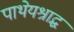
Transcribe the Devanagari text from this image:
पाथेयश्राद्ध